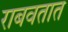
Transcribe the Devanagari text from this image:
राबवतात